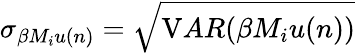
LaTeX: \sigma_{\beta M_{i}u(n)}=\sqrt{{\mathrm{V}AR}(\beta M_{i}u(n))}